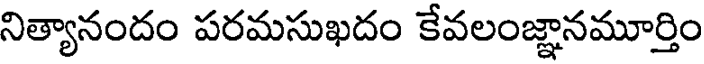
నిత్యానందం పరమసుఖదం కేవలంజ్ఞానమూర్తిం